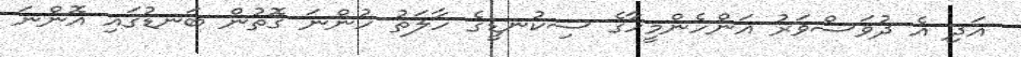
އަދި އެ ދުވަސްވަރު އަންހެންމީހާގެ ސިކުނޑީގެ ހާލަތު ހުންނަ ގޮތުން ބަނޑުގައި އޮންނަ